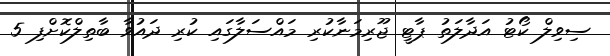
ސިވިލް ކޯޓު އަދާލަތު ޕާޓީ ޖޫރިމަނާކުރި މައްސަލާގައި ކުރި ދައުވާ ބާތިލްކޮށްފި 5